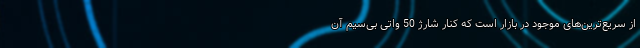
از سریع‌ترین‌های موجود در بازار است که کنار شارژ 50 واتی بی‌سیم آن